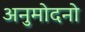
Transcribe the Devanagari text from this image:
अनुमोदनो